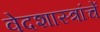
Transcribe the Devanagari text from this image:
वेदशास्त्रांचें